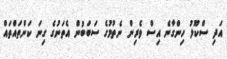
އަދި ސްކޫލު ހިންގާނެ އިސް ވެރިން ނެތުމުގެ ސަބަބުން އެތަނުގެ ގިނަ ކަންތައްތައް